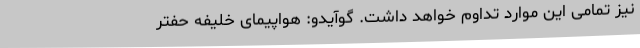
نیز تمامی این موارد تداوم خواهد داشت. گوآیدو: هواپیمای خلیفه حفتر